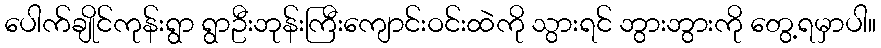
ပေါက်ချိုင်ကုန်းရွာ ရွာဦးဘုန်းကြီးကျောင်းဝင်းထဲကို သွားရင် ဘွားဘွားကို တွေ့ရမှာပါ။